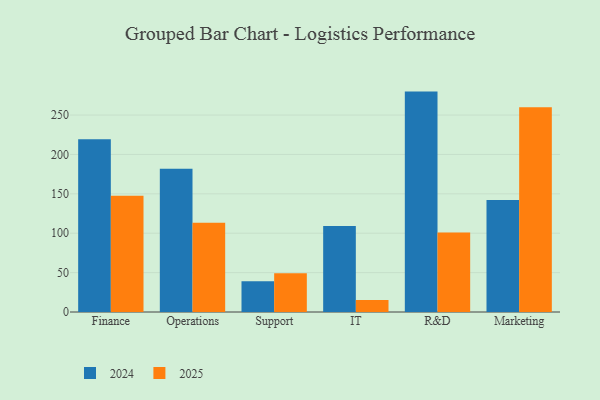
{"axis": {"x": "Department", "y": "Active Users"}, "legend": ["2024", "2025"], "data": [{"x": "Finance", "y": 147.5, "type": "2025"}, {"x": "Finance", "y": 219.2, "type": "2024"}, {"x": "Operations", "y": 113.3, "type": "2025"}, {"x": "Operations", "y": 181.9, "type": "2024"}, {"x": "Support", "y": 49.1, "type": "2025"}, {"x": "Support", "y": 39.0, "type": "2024"}, {"x": "IT", "y": 15.1, "type": "2025"}, {"x": "IT", "y": 109.2, "type": "2024"}, {"x": "R&D", "y": 100.8, "type": "2025"}, {"x": "R&D", "y": 279.8, "type": "2024"}, {"x": "Marketing", "y": 259.9, "type": "2025"}, {"x": "Marketing", "y": 142.1, "type": "2024"}]}